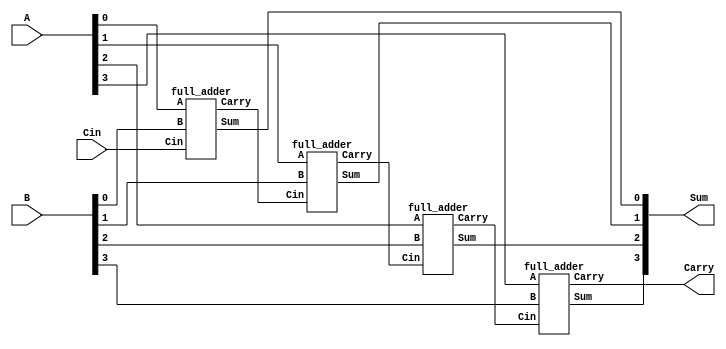
// Code your design here
// Full Adder using half adder
module full_adder4bit(Sum,Carry,A,B,Cin);
  output [3:0]Sum;
  output Carry;
  input [3:0]A,B;
  input Cin;
  
  wire w1,w2,w3;
  full_adder fa1(Sum[0],w1,A[0],B[0],Cin);
  full_adder fa2(Sum[1],w2,A[1],B[1],w1);
  full_adder fa3(Sum[2],w3,A[2],B[2],w2);
  full_adder fa4(Sum[3],Carry,A[3],B[3],w3);
endmodule
  

module full_adder(Sum,Carry,A,B,Cin);
  output Sum,Carry;
  input A,B,Cin;
  wire s1,c1,c2;
  
  half_adder h1(s1,c1,A,B);
  half_adder h2(Sum,c2,c1,Cin);
  or o1(Carry,c1,c2);
endmodule


module half_adder(Sum,Carry,A,B);
  
  input A, B;
  output Sum, Carry;
  
  xor x1(Sum, A, B);
  and a1(Carry, A, B);
  
endmodule